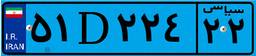
۰۵D۱۰۵۱۱